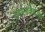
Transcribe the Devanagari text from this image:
दर्शनविकास